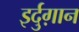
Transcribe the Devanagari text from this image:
इर्दुग़ान